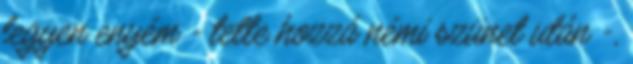
legyen enyém - tette hozzá némi szünet után -,